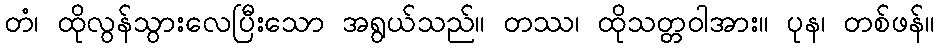
တံ၊ ထိုလွန်သွားလေပြီးသော အရွယ်သည်။ တဿ၊ ထိုသတ္တဝါအား။ ပုန၊ တစ်ဖန်။